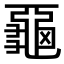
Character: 𪚦